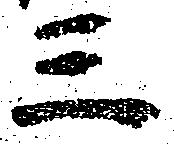
三